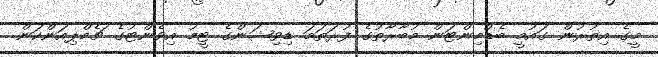
މީގެ އިތުރުން ގައުމީ ބެޑްމިންޓަން މުބާރާތުގެ ފުރަތަމަ ޑިވިޝަންގެ ޓީމު އިވެންޓުގެ ޗެމްޕިއަންކަން